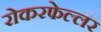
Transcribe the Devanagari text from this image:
रोकरफेल्लर